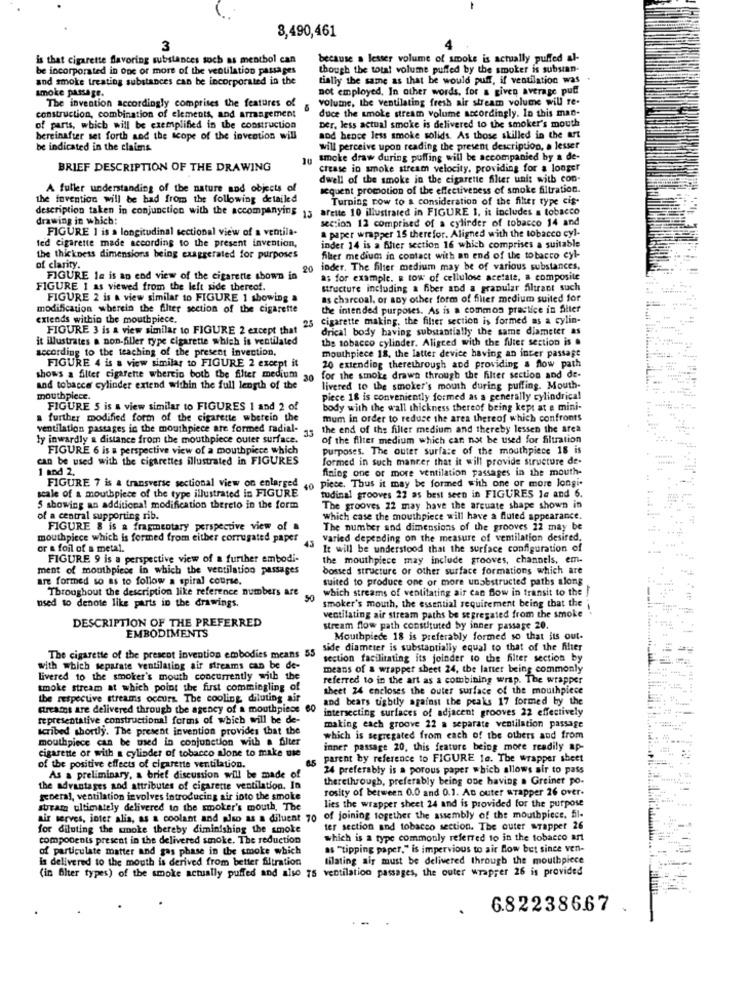
8,490,461
3
is that cigarette flavoring substances such as menthol can
because a lesser volume of smoke is actually puffed al-
be incorporated in one or more of the ventilation passages
though the total volume puffed by the smoker is subsan-
and smoke treating substances can be incorporated in the
tially the same as that be would puff, if ventilation was
smoke passage.
not employed. In other words, for a given average puff
The invention accordingly comprises the features of
volume, the ventilating fresh air stream volume will re-
duce the smoke stream volume accordingly. In this man-
construction, combination of elements, and arrangement
of parts, which will be exemplified in the construction
Der, less actual smoke is delivered to the smoker's mouth
bereinafter set forth and the scope of the invention will
aod hence less smoke solids. As those skilled in the Art
be indicated in the claims
will perceive upon reading the present description, a lesser
smoke draw during puffing will be accompanied by a de-
BRIEF DESCRIPTION OF THE DRAWING
crease in smoke stream velocity, providing for a longer
dwell of the smoke in the cigarette filter unit with con-
A fuller understanding of the nature and objects of
sequent promotion of the effectiveness of smoke filtration.
the fovention will be had from the following detailed
Turning row to a consideration of the filter type cis-
description taken in conjunction with the accompanying 15
afette 10 illustrated in FIGURE 1. it includes a tobacco
drawing in which:
section 12 comprised of a cylinder of tobacco 14 and
FIGURE 1 is a longitudinal sectional view of a ventila-
ted cigarette made according to the present invention,
a paper wrapper 15 therefor. Aligned with the tobacco cyl-
inder 14 is a Alter section 16 which comprises a suitable
the thickness dimensions being exaggerated for purposes
filer medium in contact with an end of the tobacco eyl-
of clarity.
20
inder. The filter medium may be of various substances.
FIGURE la is an end view of the cigarette shown in
as for example. a tow of cellulose acetate, a composite
FIGURE 1 as viewed from the left side thereof.
structure including a fiber and a granular Altract such
FIGURE 2 is a view similar to FIGURE 1 showing a
as charcoal, or any other form of filter medium suited for
modification wherein the filter section of the cigarette
the intended purposes. As is a common practice in filter
extends within the mouthpiece.
25
cigarette making, the filter section is formed as a cylin-
FIGURE 3 is a view similar to FIGURE 2 except that
drical body having substantially the same diameter as
it illustrates a non-filler type cigarette which is ventilated
the tobacco cylinder. Aligced with the filter section is .
according to the teaching of the present invection,
mouthpiece 18, the latter device having an inter passage
FIGURE 4 is a view similar to FIGURE 2 except it
20 extending therethrough and providing a flow path
shows a filter cigarette wherein both the filter medium
30
for the smoke drawn through the filter section and de-
and tobacco cylinder extend within the full length of the
livered to the smoker's mouth during puffing. Mouth-
mouthpiece.
piece 18 is conveniently formed as a generally cylindrical
FIGURE 5 is & view similar to FIGURES 1 and 2 of
body with the wall thickness thereof being kept at a mini-
a further modified form of the cigarette wherein the
mum in order to reduce the area thereof which confronts
ventilation pastages in the mouthpiece are formed radial-
33
the end of the filler medium and thereby lessen the area
ly inwardly a distance from the mouthpiece outer surface.
of the filter medium which can not be used for filtration
FIGURE 6 is a perspective view of a mouthpiece which
purposes. The outer surface of the mouthpiece 18 is
can be used with the cigarettes illustrated in FIGURES
formed in such mancer that it will provide structure de.
1 and 2.
fining one or more ventilation passages in the mouth-
FIGURE 7 is a transverse sectional view on enlarged
40 Piece. Thus it may be formed with one or more longi.
scale of a mouthpiece of the type illustrated in FIGURE
tudinal grooves 22 as best seen in FIGURES le and 6.
5 showing an additional modification thereto in the form
The grooves 22 may have the arcuate shape shown in
of a central supporting rib.
which case the mouthpiece will have a fluted appearance.
FIGURE & is a fragmentary perspective view of a
The number and dimensions of the grooves 12 may be
mouthpiece which is formed from either corrugated paper
Varied depending on the measure of ventilation desired,
or a foil of a metal.
45
It will be understood that the surface configuration of
FIGURE 9 is a perspective view of a further embodi-
the mouthpiece may include grooves, channels, em-
ment of mouthpiece in which the ventilation passages
bossed structure or other surface formations which are
are formed so as to follow a spiral course.
suited to produce one or more unobstructed paths along
Throughout the description like reference numbers are
which streams of ventilating air can Bow in transit to the
used to denote like parts in the drawings.
smoker's mouth, the essential requirement being that the
ventilating air stream paths be segregated from the smoke
* 174
DESCRIPTION OF THE PREFERRED
stream flow path constituted by inner passage 20.
EMBODIMENTS
Mouthpiece 18 is preferably formed so that its out.
side diameter is substantially equal to that of the filter
The cigarette of the present invention embodies means 55
section facilitating its joinder to the filter section by
with which separate ventilating air streams can be de-
means of a wrapper sheet 24, the latter being commonly
Livered to the smoker's mouth concurrently with the
referred to in the art as a combining wrap. The wrapper
smoke stream at which point the first commingling of
sheet 24 encloses the outer surface of the mouthpiece
the respective streams occurs. The cooling diluting air
and bears tightly against the peaks 17 formed by the
streams are delivered through the agency of a mouthpiece
60
intersecting surfaces of adjacent grooves 22 effectively
representative constructional forms of which will be de-
Icribed shortly. The present invention provides that the
making each groove 22 a separate ventilation passage
mouthpiece can be med in conjunction with a filter
which is segregated from each of the others and from
cigarette or with a cylinder of tobacco alone to make use
inner passage 20, this feature being more readily ap-
45
parent by reference to FIGURE 1e. The wrapper sheet
of the positive effects of cigarette ventilation.
24 preferably is a porous paper which allows air to pass
As a preliminary, a brief discussion will be made of
therethrough, preferably being one having a Greiner po.
the advantages and attributes of cigarette ventilation, In
rosity of between 0.0 and 0.1. An outer wrapper 26 over.
general, ventilation involves introducing air into the smoke
lies the wrapper sheet 24 and is provided for the purpose
stram ultimately delivered to the smoker's mouth, The
air serves, inter alia, as a coolant and also as a diluent 70 of joining together the assembly of the mouthpiece, fil-
for diluting the smoke thereby diminishing the smoke
ter section and tobacco section. The outer wrapper 26
components present in the delivered smoke. The reduction
which is a type commonly referred to in the tobacco ant
of particulate matter and gas phase in the smoke which
as "tipping paper," is impervious to air flow bet since ven-
is delivered to the mouth is derived from better filtration
tilating air must be delivered through the mouthpiece
(in filter types) of the smoke actually puffed and also 75 ventilation passages, the outer wrapper 26 is provided
6.82238667